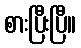
စားပြီးပြီ။